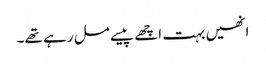
انھیں بہت اچھے پیسے مل رہے تھے۔